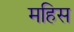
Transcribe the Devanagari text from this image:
महिस